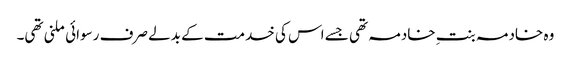
وہ خادمہ بنتِ خادمہ تھی جسے اس کی خدمت کے بدلے صرف رسوائی ملنی تھی۔